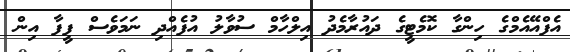
އެފްއޭއެމްގެ ހިންގާ ކޮމެޓީގެ ދައުރާމެދު އިލްހާމް ސުވާލު އުފެއްދި ނަމަވެސް ފީފާ އިން